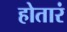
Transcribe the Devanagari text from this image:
होतारं